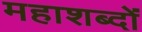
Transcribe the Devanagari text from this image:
महाशब्दों